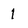
Character: 1